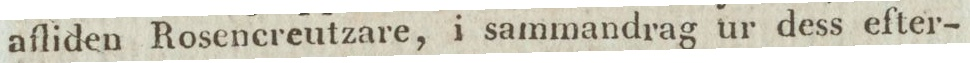
afliden Rosencreutzare, i sammandrag ur dess efter-